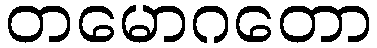
တမောဂတော